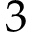
3